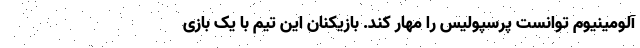
آلومینیوم توانست پرسپولیس را مهار کند. بازیکنان این تیم با یک بازی